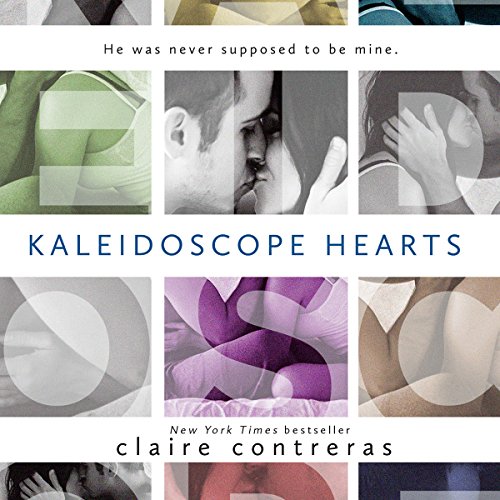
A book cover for Kaleidoscope Hearts; Claire Contreras; Romance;